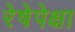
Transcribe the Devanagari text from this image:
रेषेपेक्षा